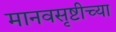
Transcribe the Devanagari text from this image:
मानवसृष्टीच्या